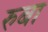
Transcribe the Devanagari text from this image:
रुबा